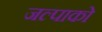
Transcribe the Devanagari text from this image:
जल्पाको